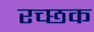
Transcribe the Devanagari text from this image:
रच्‍छक